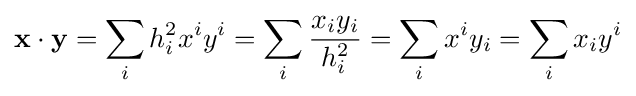
\mathbf {x} \cdot \mathbf {y} =\sum _{i}h_{i}^{2}x^{i}y^{i}=\sum _{i}{\frac {x_{i}y_{i}}{h_{i}^{2}}}=\sum _{i}x^{i}y_{i}=\sum _{i}x_{i}y^{i}